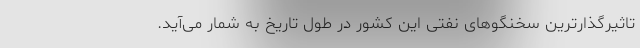
تاثیرگذارترین سخنگوهای نفتی این کشور در طول تاریخ به شمار می‌آید.